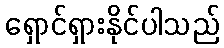
ရှောင်ရှားနိုင်ပါသည်